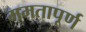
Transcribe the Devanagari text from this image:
ममतापूर्ण